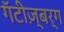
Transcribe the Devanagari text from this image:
गॅटीज़्बर्ग